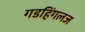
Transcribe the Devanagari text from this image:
गडहिंगलज